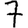
Digit: 7